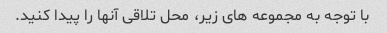
با توجه به مجموعه های زیر، محل تلاقی آنها را پیدا کنید.